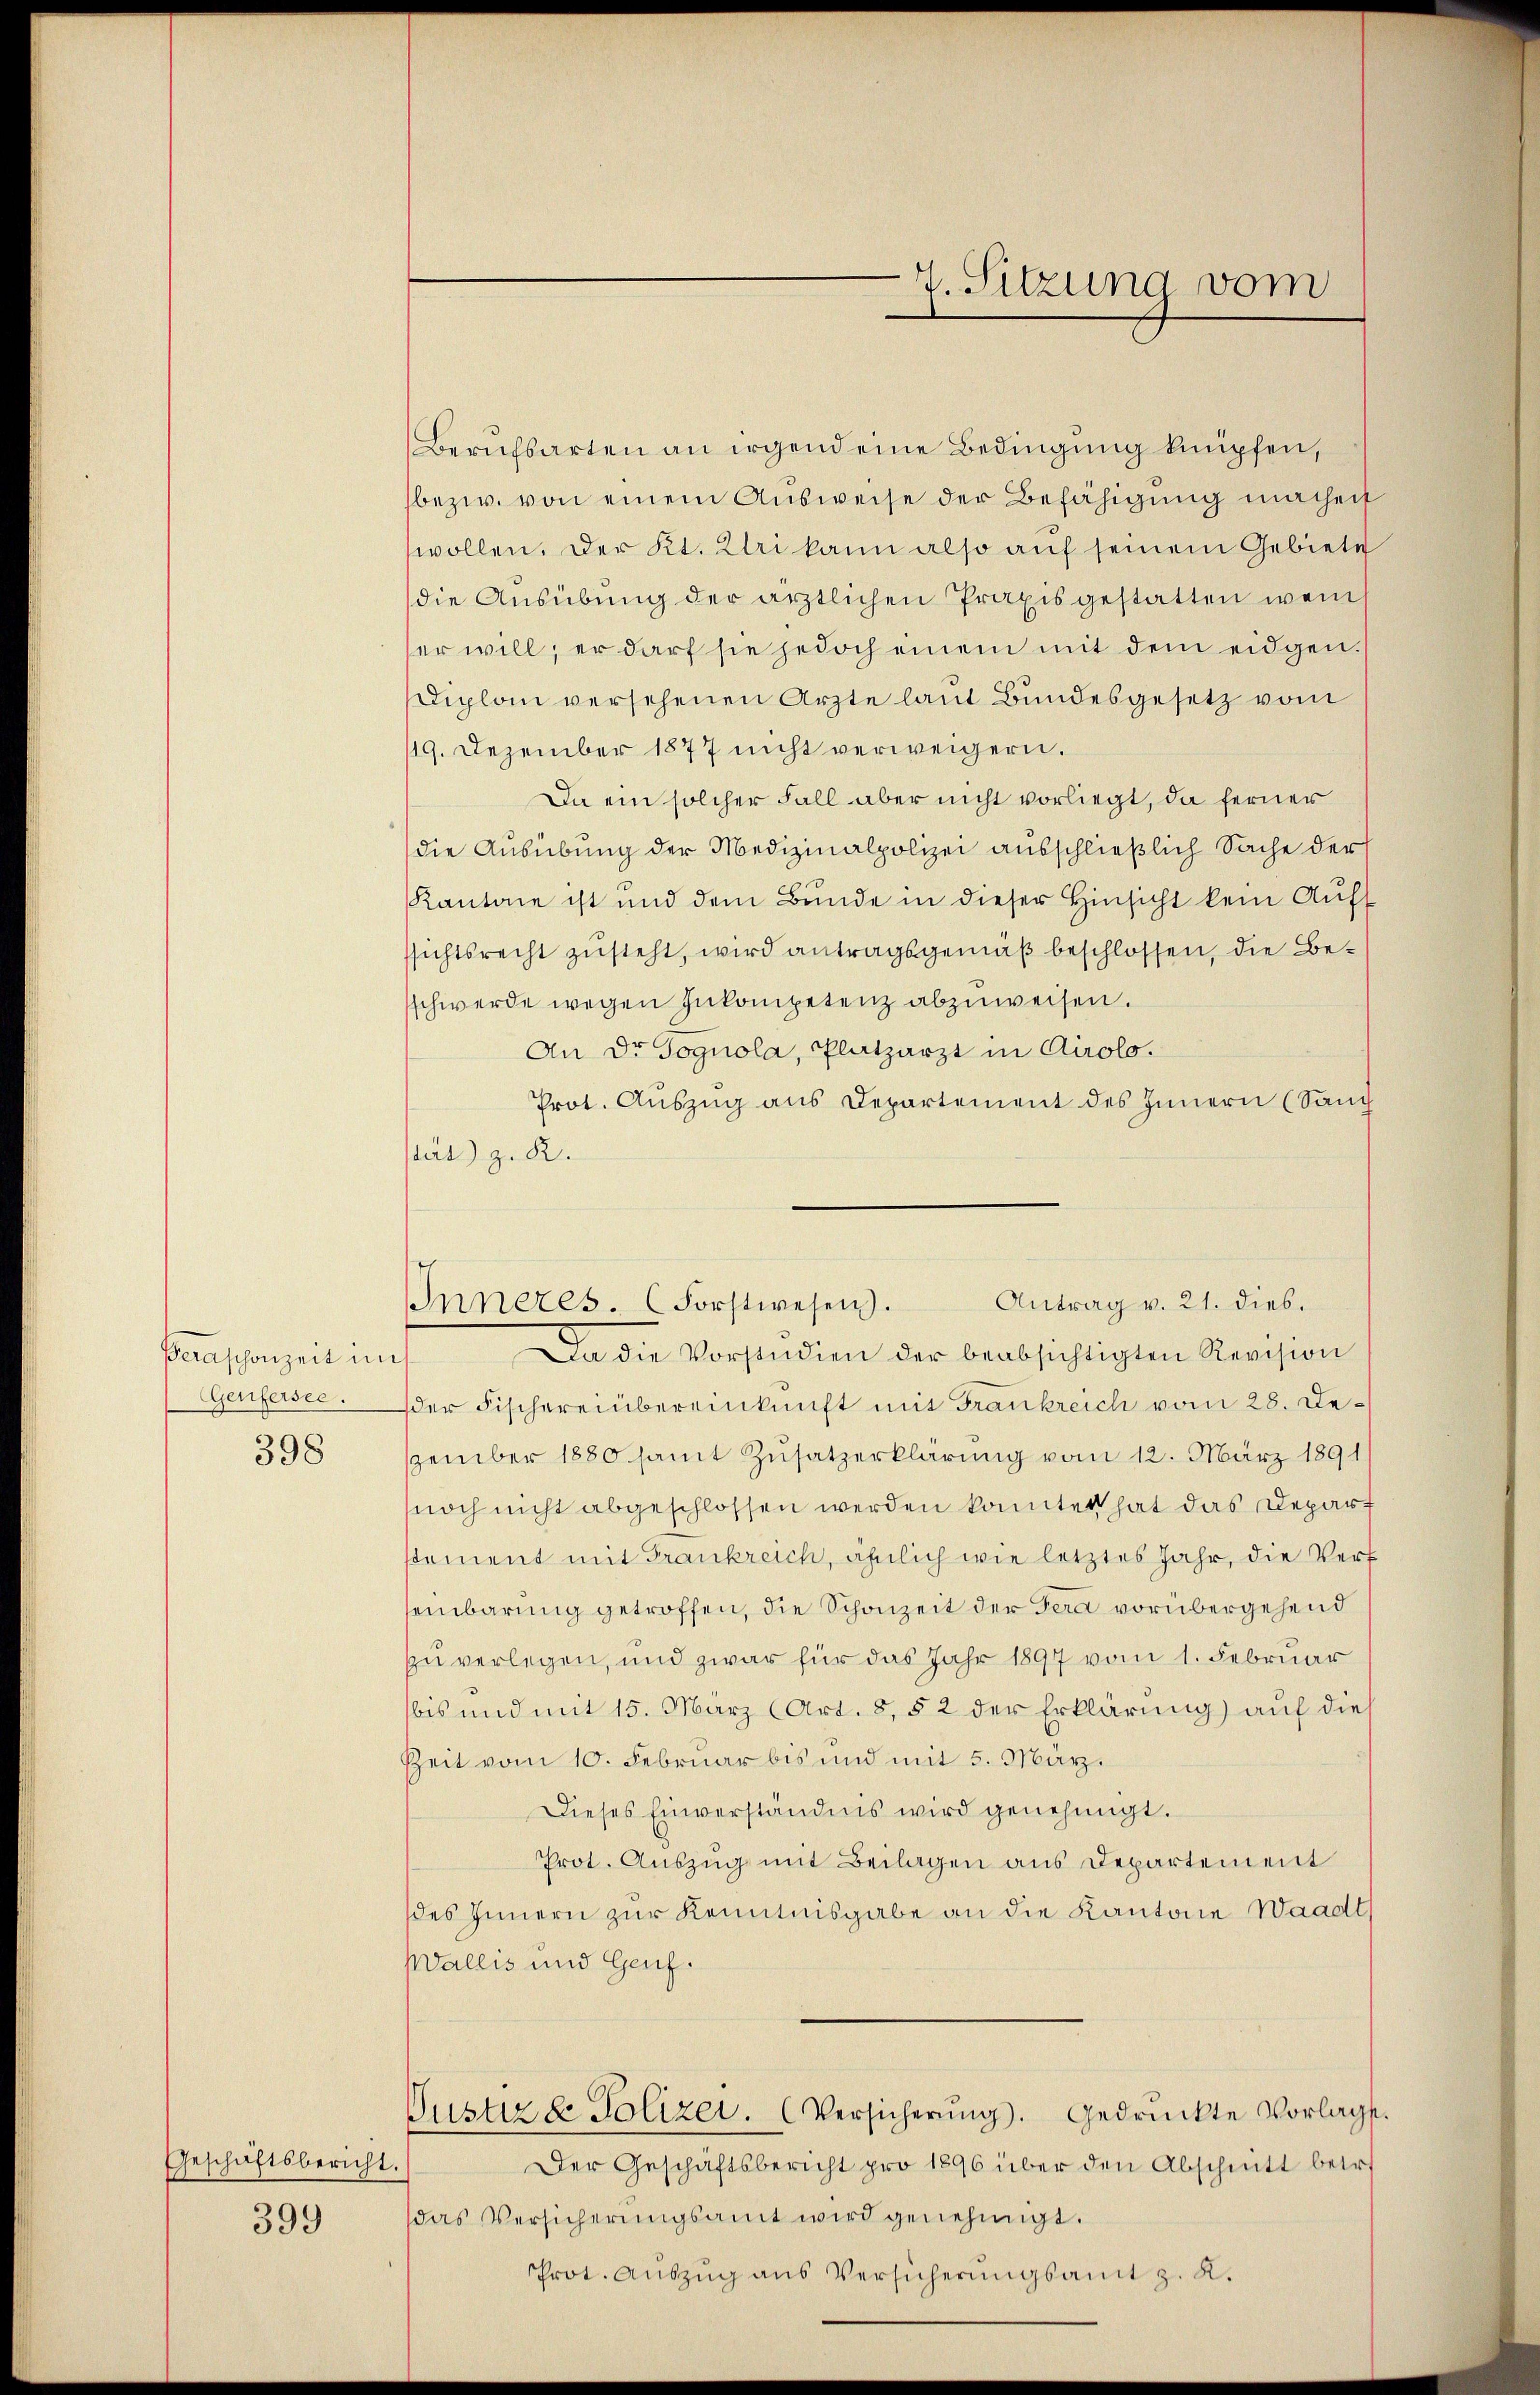
Peraschonzeit in

398

Geschäftsbericht.

399

Berufsarten an irgend eine Bedingung knüpfen,
bezw. von einem Aŭsweise der Befähigung machen
wollen. Der Kt. Uri kann also auf seinem Gebiete
die Ausübung der ärztlichen Praxis gestatten wen
er will, er darf sie jedoch einem mit dem eidgen.
Diplom versehenen Ärzte laut Bundesgesetz vom
119. Dezember 1877 nicht verweigern.
Da ein solcher Fall aber nicht vorliegt, da ferner
die Ausübung der Medizinalpolizei ausschließlich Sache der
Kantone ist und dem Bunde in dieser Hinsicht kein Aufssichtsrecht zusteht, wird antragsgemäß beschlossen, die Beschwerde wegen Inkompetenz abzuweisen.
An Dr. Gognola, Platzarzt in Airolo.
Prot. Auszug aus Departement des Innern (Sanc
stät z. R.
Da die Vorstudien der beabsichtigten Revision
Genfersee der Fischereinbereinkunft mit Frankreich vom 28. Dezzember 1880 samt Zusatzerklärung vom 12. März 1891
noch nicht abgeschlossen werden konnten hat das Depart
stement mit Frankreich, ähnlich wie letztes Jahr, die Verf
seinbarung getroffen, die Schonzeit der Gera vorübergehend
zu verlegen, und zwar für das Jahr 1897 vom 1. Februar
bis und mit 15. März (Art. 8, 52 der Erklärung) auf die
Zeit vom 10. Februar bis und mit 5. März.
Dieses Einverständnis wird genehmigt.
Prot. Auszug mit Beilagen aus Departement
des Innern zur Kenntnisgabe an die Kantone Waadt
Wallis und Genf.
Justiz & Polizei. (Versicherŭng. Gedrückte Vorlags.
Der Geschäftsbericht pro 1896 über den Abschnitt betre
das Versicherungsamt wird genehmigt.

Inneres. (Forstwesen. Antrag v. 21. dies.

Prot. Aŭszŭg ans Versicherŭngsamt z. K.

7. Sitzung vom